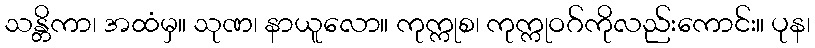
သန္တိကာ၊ အထံမှ။ သုဏ၊ နာယူလော။ ကုက္ကုစ၊ ကုက္ကုဝဂ်ကိုလည်းကောင်း။ ပုန၊